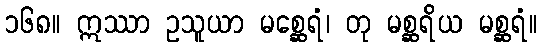
၁၆၈။ ဣဿာ ဥသူယာ မစ္ဆေရံ၊ တု မစ္ဆရိယ မစ္ဆရံ။